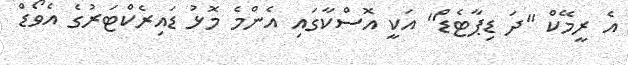
އެ ރީމޭކް "ދަ ޑިޕާޓެޑް" އަކީ އޮސްކާގައި އެންމެ މޮޅު ޑައިރެކްޓަރުގެ އެވޯޑް